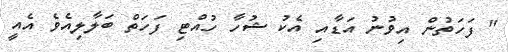
" ފަހަތުން އިވުނު އަޑާއި އެކު ޝުހާ ހުއްޓި ފަހަތް ބަލާލިއެވެ އެއީ